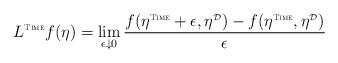
LaTeX: \begin{align*}L^{\mbox{\tiny \sc Time}}f(\eta) = \lim_{\epsilon \downarrow 0} \frac{f(\eta^{\mbox{\tiny \sc Time}} + \epsilon, \eta^{\mbox{\tiny $\mathcal{D}$}}) - f(\eta^{\mbox{\tiny \sc Time}}, \eta^{\mbox{\tiny $\mathcal{D}$}})}{\epsilon}\end{align*}